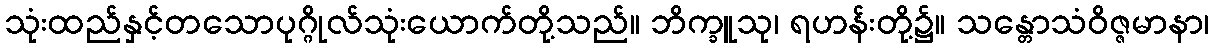
သုံးထည်နှင့်တသောပုဂ္ဂိုလ်သုံးယောက်တို့သည်။ ဘိက္ခူသု၊ ရဟန်းတို့၌။ သန္တောသံဝိဇ္ဇမာနာ၊